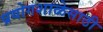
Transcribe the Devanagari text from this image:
प्रयोगशाळेसाठी